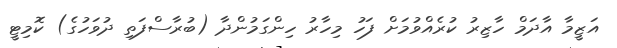
އަޒީމާ އާދަމް ހާޒިރު ކުރެއްވުމަށް ފަހު މިހާރު ހިންގަމުންދާ (ބުރާސްފަތި ދުވަހުގެ) ކޮމިޓީ